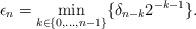
LaTeX: \begin{align*}\epsilon_n = \min_{k\in\{0,...,n-1\}}\{\delta_{n-k}2^{-k-1}\}.\end{align*}